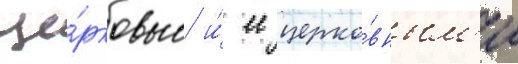
це́рковью и́ ее церко́вным'и